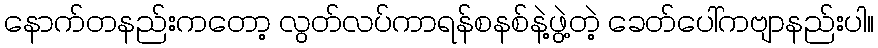
နောက်တနည်းကတော့ လွတ်လပ်ကာရန်စနစ်နဲ့ဖွဲ့တဲ့ ခေတ်ပေါ်ကဗျာနည်းပါ။